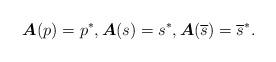
LaTeX: \begin{align*}\boldsymbol{A}(p)=p^*,\boldsymbol{A}(s)=s^*,\boldsymbol{A}(\overline{s})=\overline{s}^*.\end{align*}